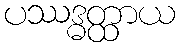
ပဿဒ္ဓတ္ထာယ